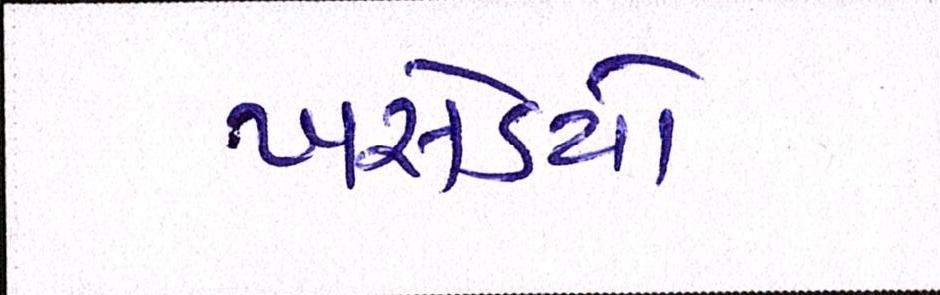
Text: ખસેડયો